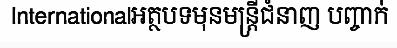
Internationalអត្ថបទមុនមន្ត្រីជំនាញ បញ្ចាក់